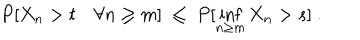
P [ X _ { n } > t \quad \forall n \ge m ] \ \le \ P [ \inf _ { n \ge m } X _ { n } > s ] \ .